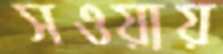
সওয়ায়